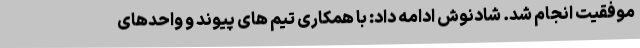
موفقیت انجام شد. شادنوش ادامه داد: با همکاری تیم های پیوند و واحدهای